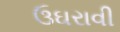
ઉઘરાવી